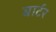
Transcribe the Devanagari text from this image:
बार्टर